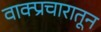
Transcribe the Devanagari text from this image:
वाक्प्रचारातून